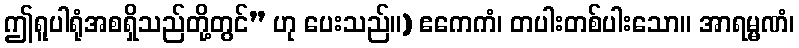
ဤရူပါရုံအစရှိသည်တို့တွင်” ဟု ပေးသည်။) ဧကေကံ၊ တပါးတစ်ပါးသော။ အာရမ္မဏံ၊